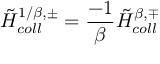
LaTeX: { \tilde { H } } _ { c o l l } ^ { 1 / \beta , \pm } = { \frac { - 1 } { \beta } } { \tilde { H } } _ { c o l l } ^ { \beta , \mp }